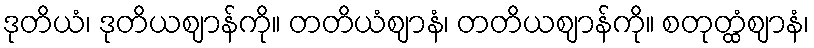
ဒုတိယံ၊ ဒုတိယဈာန်ကို။ တတိယံဈာနံ၊ တတိယဈာန်ကို။ စတုတ္ထံဈာနံ၊